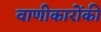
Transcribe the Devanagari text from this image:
वाणीकारोंकी